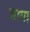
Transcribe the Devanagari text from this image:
ज़ाया